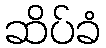
ဆိပ်ခံ